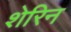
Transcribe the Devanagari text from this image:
शेरिन